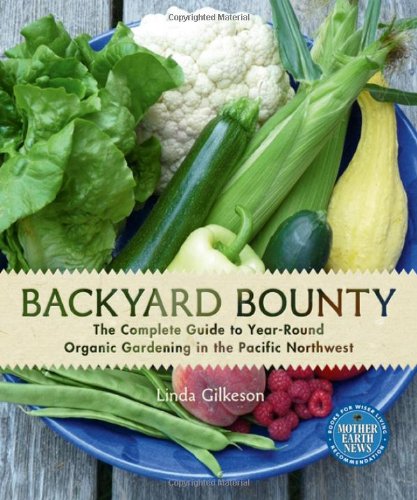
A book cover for Backyard Bounty: The Complete Guide to Year-Round Organic Gardening in the Pacific Northwest; Linda Gilkeson; Crafts, Hobbies & Home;